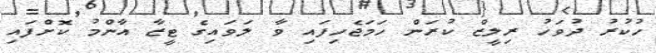
ހުކުރު ދުވަހު ރިލީޒް ކުރަން ހަމަޖެހިފައި ވާ ލަވައިގެ ޓީޒާ އާންމު ކޮށްފައި